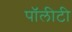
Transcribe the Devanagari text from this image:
पॉलीटी